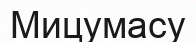
Мицумасу